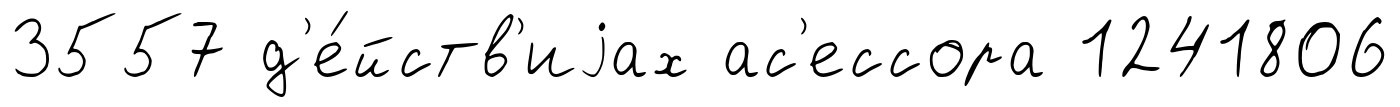
3557 д'е́йств'иjах ас'ессора 1241806